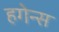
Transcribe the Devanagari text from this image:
हगेन्स